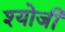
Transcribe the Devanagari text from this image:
श्योजी